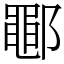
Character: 鄳